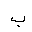
Letter: _ba